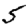
Digit: 5